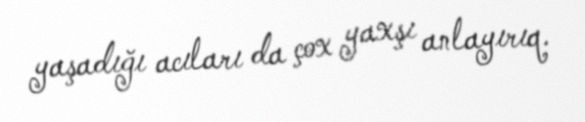
yaşadığı acıları da çox yaxşı anlayırıq.